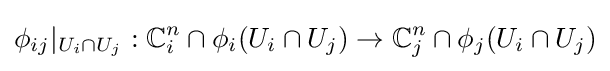
\phi _{ij}|_{U_{i}\cap U_{j}}:\mathbb {C} _{i}^{n}\cap \phi _{i}(U_{i}\cap U_{j})\to \mathbb {C} _{j}^{n}\cap \phi _{j}(U_{i}\cap U_{j})